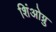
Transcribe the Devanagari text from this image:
शिंओग्नु